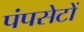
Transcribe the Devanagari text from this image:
पंपसेटों